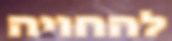
להחויה